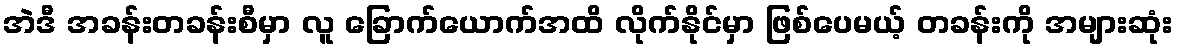
အဲဒီ အခန်းတခန်းစီမှာ လူ ခြောက်ယောက်အထိ လိုက်နိုင်မှာ ဖြစ်ပေမယ့် တခန်းကို အများဆုံး